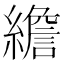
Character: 𦅼